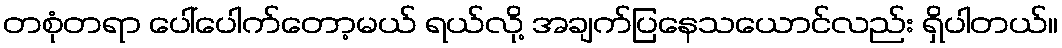
တစုံတရာ ပေါ်ပေါက်တော့မယ် ရယ်လို့ အချက်ပြနေသယောင်လည်း ရှိပါတယ်။